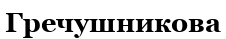
Гречушникова